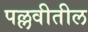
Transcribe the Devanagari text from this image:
पल्लवीतील